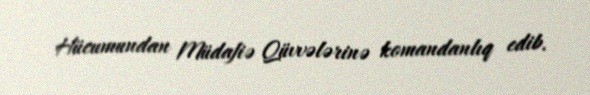
Hücumundan Müdafiə Qüvvələrinə komandanlıq edib.